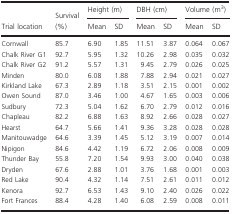
<table><thead><tr><td></td><td></td><td colspan="2"><b>Height (m)</b></td><td colspan="2"><b>DBH (cm)</b></td><td colspan="2"><b>Volume (m<sup>3</sup>)</b></td></tr><tr><td><b>Trial location</b></td><td><b>Survival (%)</b></td><td><b>Mean</b></td><td><b>SD</b></td><td><b>Mean</b></td><td><b>SD</b></td><td><b>Mean</b></td><td><b>SD</b></td></tr></thead><tbody><tr><td>Cornwall</td><td>85.7</td><td>6.90</td><td>1.85</td><td>11.51</td><td>3.87</td><td>0.064</td><td>0.067</td></tr><tr><td>Chalk River G1</td><td>92.7</td><td>5.95</td><td>1.32</td><td>10.26</td><td>2.98</td><td>0.035</td><td>0.032</td></tr><tr><td>Chalk River G2</td><td>91.2</td><td>5.57</td><td>1.31</td><td>9.45</td><td>2.79</td><td>0.026</td><td>0.025</td></tr><tr><td>Minden</td><td>80.0</td><td>6.08</td><td>1.88</td><td>7.88</td><td>2.94</td><td>0.021</td><td>0.027</td></tr><tr><td>Kirkland Lake</td><td>67.3</td><td>2.89</td><td>1.18</td><td>3.51</td><td>2.15</td><td>0.001</td><td>0.002</td></tr><tr><td>Owen Sound</td><td>87.0</td><td>3.46</td><td>1.00</td><td>4.67</td><td>1.65</td><td>0.003</td><td>0.006</td></tr><tr><td>Sudbury</td><td>72.3</td><td>5.04</td><td>1.62</td><td>6.70</td><td>2.79</td><td>0.012</td><td>0.016</td></tr><tr><td>Chapleau</td><td>82.2</td><td>6.88</td><td>1.63</td><td>8.92</td><td>2.66</td><td>0.028</td><td>0.027</td></tr><tr><td>Hearst</td><td>64.7</td><td>5.66</td><td>1.41</td><td>9.36</td><td>3.28</td><td>0.028</td><td>0.028</td></tr><tr><td>Manitouwadge</td><td>64.6</td><td>3.39</td><td>1.45</td><td>5.12</td><td>3.19</td><td>0.007</td><td>0.014</td></tr><tr><td>Nipigon</td><td>84.6</td><td>4.42</td><td>1.19</td><td>6.72</td><td>2.06</td><td>0.008</td><td>0.009</td></tr><tr><td>Thunder Bay</td><td>55.8</td><td>7.20</td><td>1.54</td><td>9.93</td><td>3.00</td><td>0.040</td><td>0.038</td></tr><tr><td>Dryden</td><td>67.6</td><td>2.88</td><td>1.01</td><td>3.76</td><td>1.68</td><td>0.001</td><td>0.003</td></tr><tr><td>Red Lake</td><td>90.4</td><td>4.32</td><td>1.14</td><td>7.51</td><td>2.61</td><td>0.011</td><td>0.012</td></tr><tr><td>Kenora</td><td>92.7</td><td>6.53</td><td>1.43</td><td>9.10</td><td>2.40</td><td>0.026</td><td>0.022</td></tr><tr><td>Fort Frances</td><td>88.4</td><td>4.28</td><td>1.40</td><td>6.08</td><td>2.59</td><td>0.008</td><td>0.011</td></tr></tbody></table>